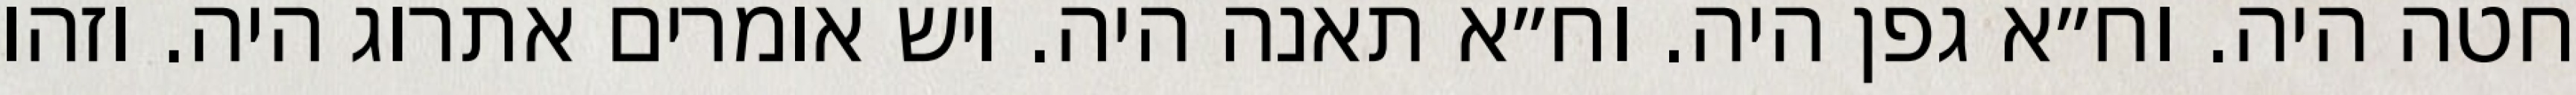
חטה היה. וח״א גפן היה. וח״א תאנה היה. ויש אומרים אתרוג היה. וזהו